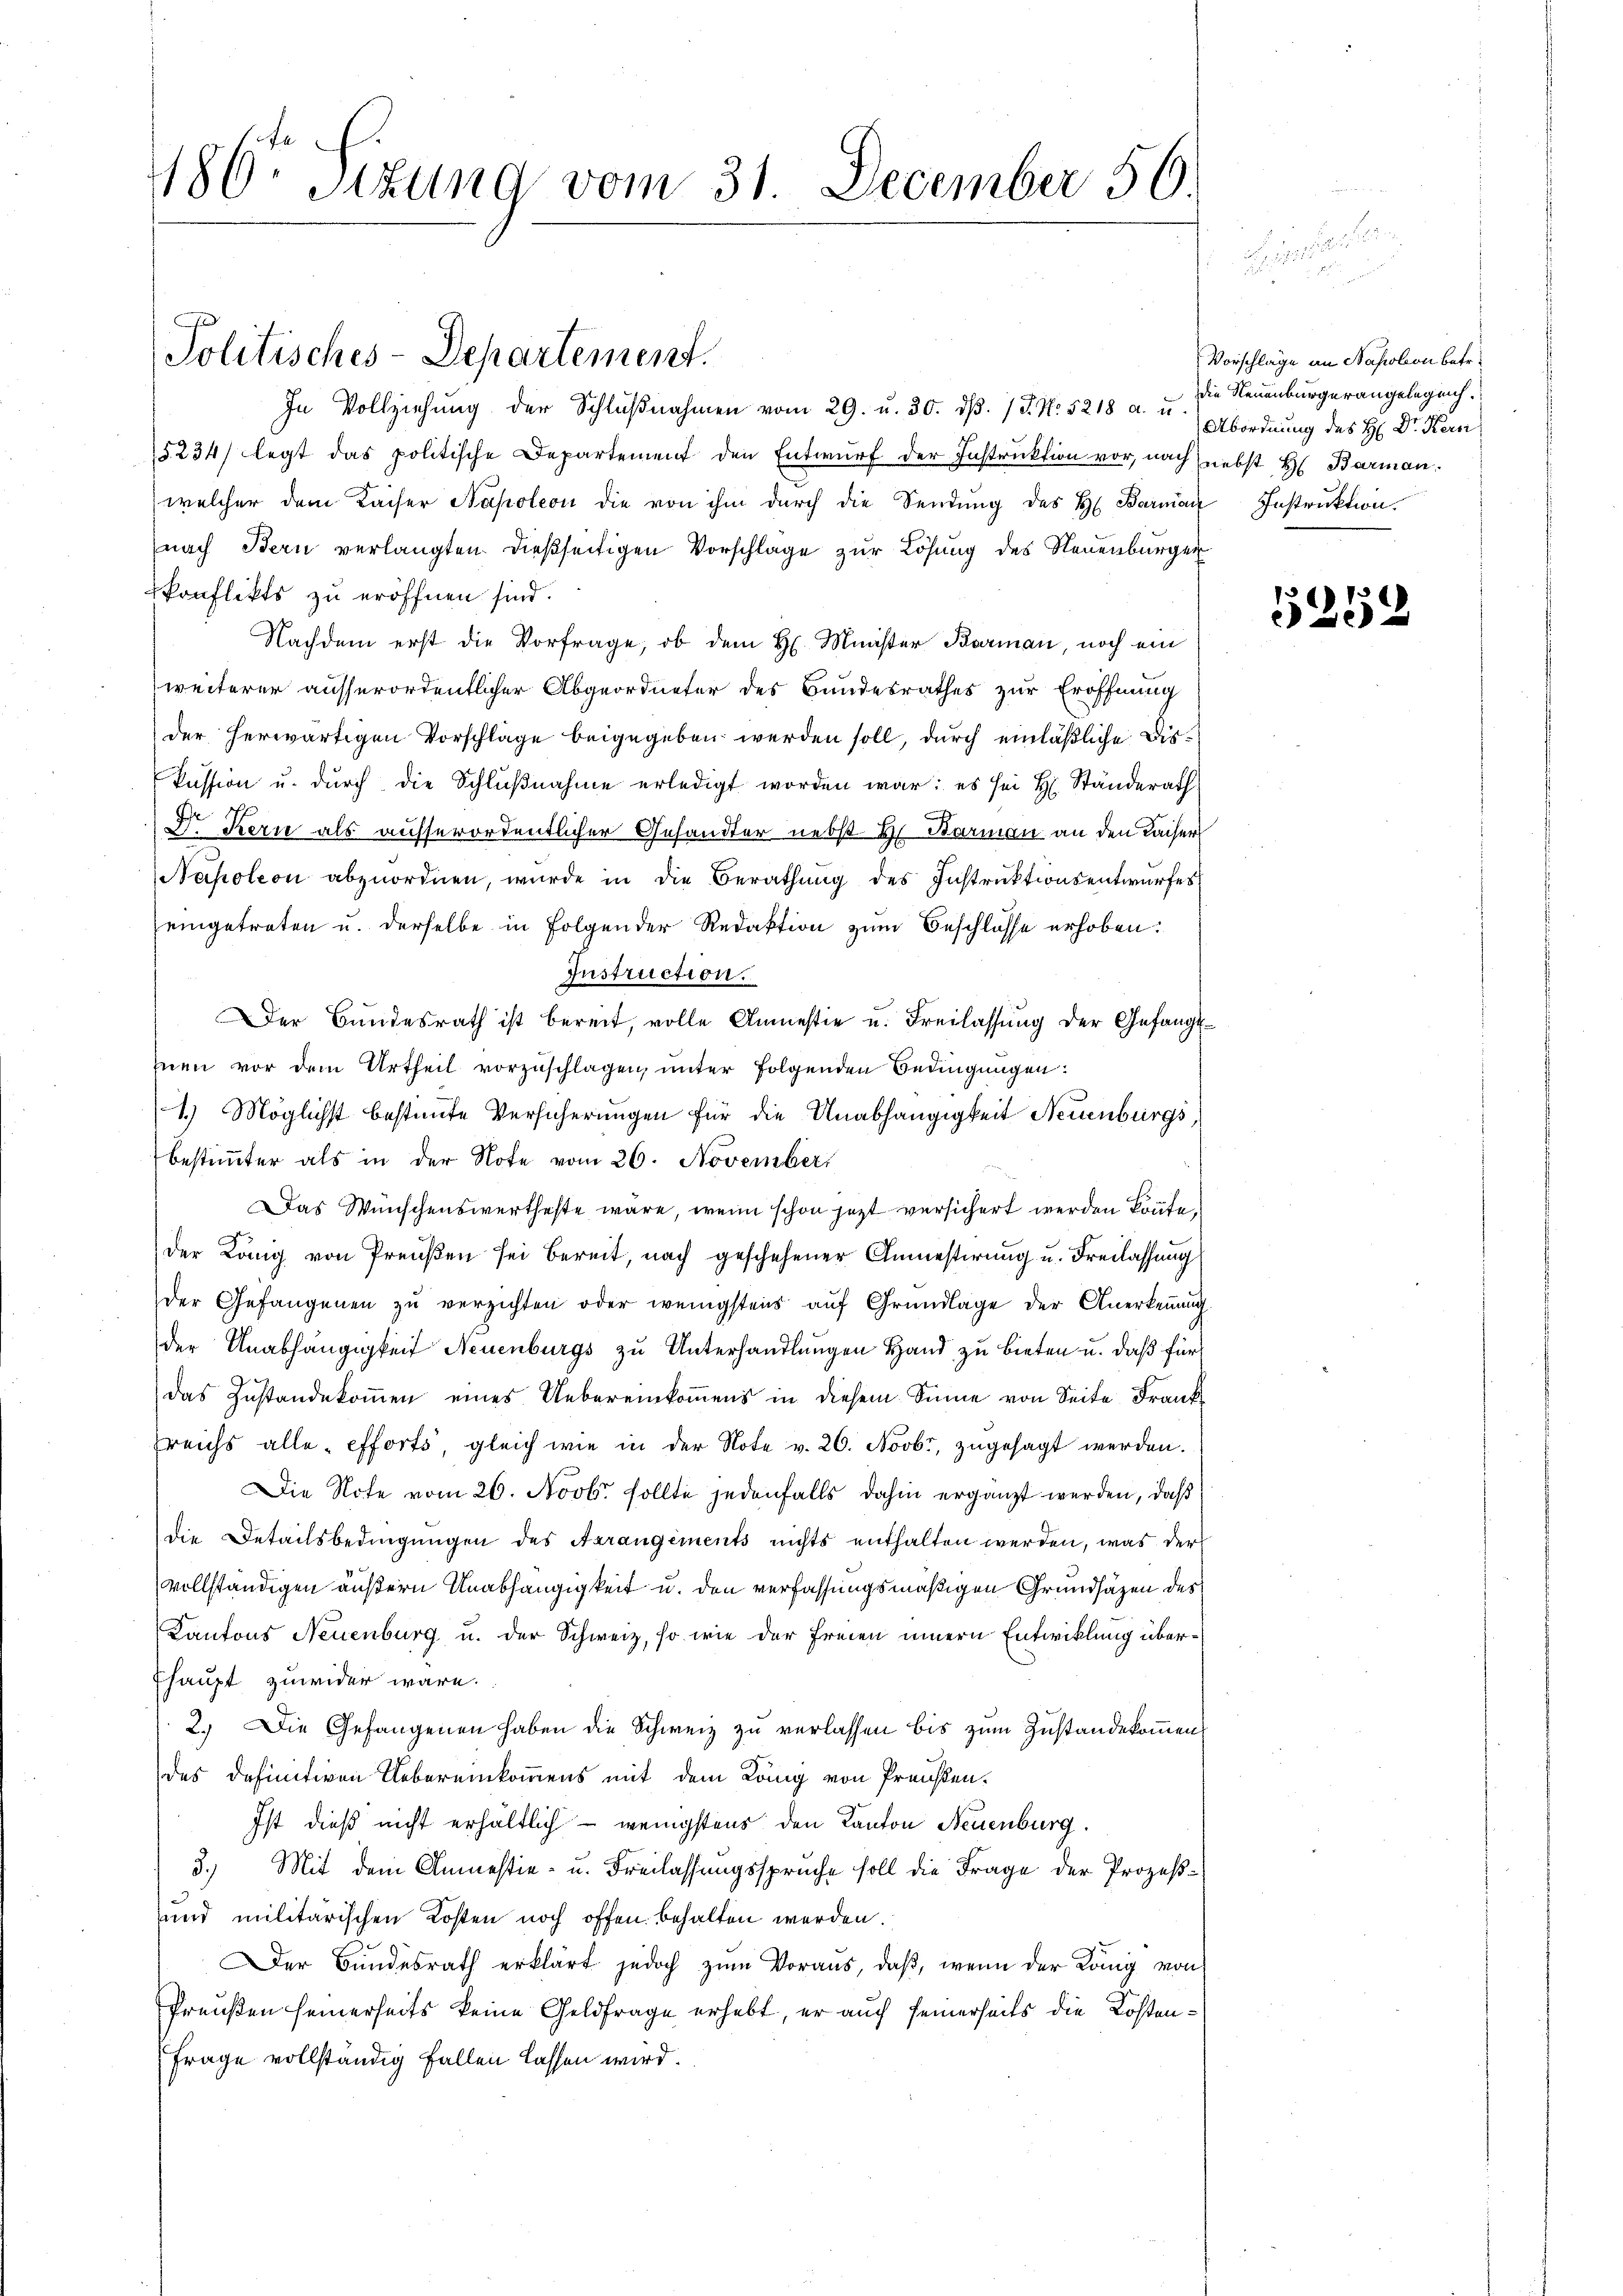
186 Sizung vom 31. December 56.

Politisches-Departement.

In Vollziehŭng der Schlŭβnahmen vom 29. u. 30. dβ. / J. N. 5218 a. u.
5234/ legt das politische Departement den Entwurf der Instruktion vor, nach nebst H. Barman
welcher dem Kaiser Napoleon die von ihm durch die Sendung des H. Barman Instruktion.
nach Bern verlangten dießseitigen Vorschlage zur Lösung des Neuenburger
konflikts zu eröffnen sind.
Nachdem erst die Vorfrage, ob dem H. Minister Barman, noch ein
weiterer ausserordentlicher Abgeordneter des Bandesrathes zur Eröffnung
der herwärtigen Vorschläge beigegeben werden soll, durch einläßliche Diskassion u. dŭrch die Schlŭβnahme erledigt worden war: es sei H. Ständerath
D. Kern als aufserordentlicher Gesandter nebst H. Barmann an den Kaiser
Napoleon abzuordnen, wurde in die Berathung des Instruktionsentwurfes
eingetreten u. derselbe in Folgender Redaktion zum Beschlosse erhoben:
Instruction.
Der Bundesrath ist bereit, volle Anmestie u. Freilassung der Gefängl
hnen vor dem Urtheil vorzuschlagen, unter folgenden Bedingungen:
1.) Möglichst bestimmte Versicherungen für die Unabhängigkeit Neuenburgs,
bestimmter als in der Note vom 26. November
Das Wünschenswertheste wäre, wenn schon jezt versichert werden könnte,
der König von Preußen sei bereit, nach geschehener Anmestirung u. Freilassung
der Gefangenen zŭ verzichten oder wenigstens aŭf Grŭndlage der Anerkeṅŭng
der Anabhängigkeit Neuenburgs zu Unterhandlungen Hand zu bieten u. daß für
das Zustandekommen eines Uebereinkommens in diesem Sinne von Seite Frank
sreichs alle efforts, gleich wie in der Note v. 26. Novbr, zugesagt werden.
Die Note vom 26. Novbr. sollte jedenfalls dahin ergänzt werden, daß
die Detailsbedingungen des Arrangements nichts enthalten werden, was der
vollständigen äußern Unabhängigkeit u. den verfassungsmäßigen Grundsätzen des
Kantons Neuenburg u. der Schweiz, so wie der Freien innern Entwicklung über¬
Ehaupt zuwider wäre.
2.) Die Gefangenen haben die Schweiz zu verlassen bis zum Zustandekommen,
des definitiven Uebereinkommens mit dem König von Preisen.
Ist dieß nicht erhältlich — wenigstens den Kanton Neuenburg
3.) Mit dem Anmestie- u. Freilassungsspruche soll die Frage der Prozeß¬
und militärischen Kosten noch offen behalten werden.
Der Bundesrath erklärt jedoch zum Voraus, daβ, wenn der König von
Preußen seinerseits keine Geldfrage erhebt, er auch seinerseits die Kosten¬
Frage vollständig fallen lassen wird.

Vorschläge an Napoleon betr.
Die Neuenburgerangelegenh
Abordnung des H: Dr. Kern

5259